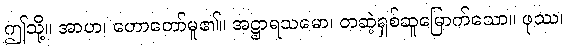
ဤသို့။ အာဟ၊ ဟောတော်မူ၏။ အဋ္ဌာရသမော၊ တဆဲ့ရှစ်ဆူမြောက်သော။ ဖုဿ၊